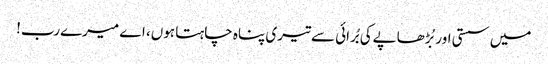
میں سستی اور بُڑھاپےکی بُرائی سے تیری پناہ چاہتا ہوں، اے میرےرب!